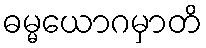
ဓမ္မယောဂမှာတိ